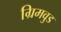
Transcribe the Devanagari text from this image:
ग्रिमवुड